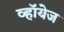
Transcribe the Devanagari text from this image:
व्हॉयेज